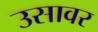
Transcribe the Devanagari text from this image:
उसावर